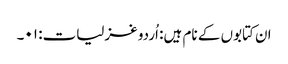
ان کتابوں کے نام ہیں: اُردو غزلیات: ۰۱۔